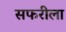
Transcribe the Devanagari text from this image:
सफरीला